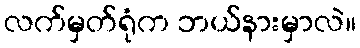
လက်မှတ်ရုံက ဘယ်နားမှာလဲ။